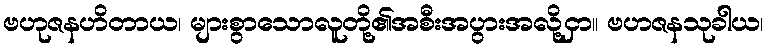
ဗဟုဇနဟိတာယ၊ များစွာသောလူတို့၏အစီးအပွားအလို့ငှာ။ ဗဟဇနသုခါယ၊